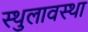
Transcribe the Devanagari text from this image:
स्थुलावस्था